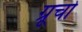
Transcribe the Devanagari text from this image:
ग्रूचो